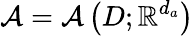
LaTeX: \mathcal{A}=\mathcal{A}\left(D;\mathbb{R}^{d_{a}}\right)